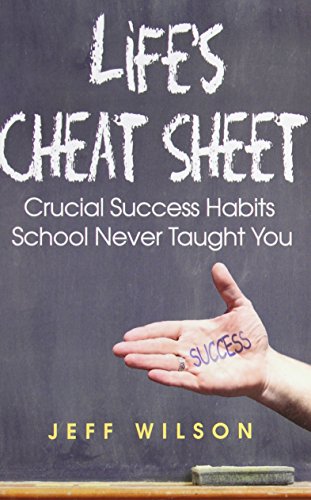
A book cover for Life's Cheat Sheet: Crucial Success Habits School Never Taught You; Jeff Wilson; Self-Help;